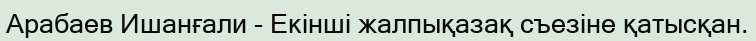
Арабаев Ишанғали - Екінші жалпықазақ съезіне қатысқан.